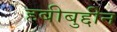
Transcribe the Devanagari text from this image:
हबीबुद्दीन